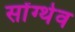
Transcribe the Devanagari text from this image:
सोंग्थेव